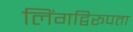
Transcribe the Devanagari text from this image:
लिंगद्विरूपता